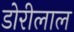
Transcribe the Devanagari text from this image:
डोरीलाल